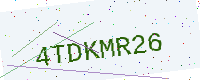
Text: 4TDKMR26